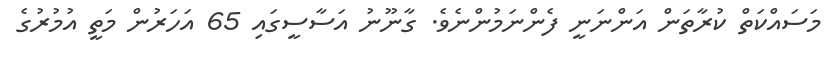
މަސައްކަތް ކުރާތަން އަންނަނީ ފެންނަމުންނެވެ. ގާނޫނު އަސާސީގައި 65 އަހަރުން މަތީ އުމުރުގެ